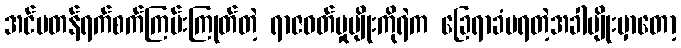
အင်မတန်ရက်စက်ကြမ်းကြုတ်တဲ့ ရာဇဝတ်မှုမျိုးကိုရဲက ခြေရာခံမရတဲ့အခါမျိုးမှာတော့